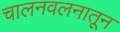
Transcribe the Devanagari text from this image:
चालनवलनातून